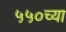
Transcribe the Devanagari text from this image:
५५०च्या